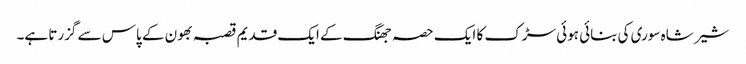
شیر شاہ سوری کی بنائی ہوئی سڑک کا ایک حصہ جھنگ کے ایک قدیم قصبہ بھون کے پاس سے گزرتا ہے۔